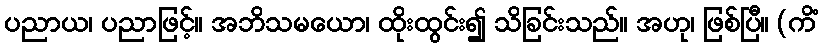
ပညာယ၊ ပညာဖြင့်။ အဘိသမယော၊ ထိုးထွင်း၍ သိခြင်းသည်။ အဟု၊ ဖြစ်ပြီ။ (ကိံ